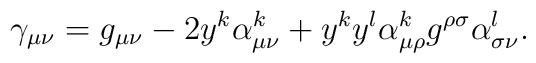
\gamma_{\mu\nu} = g_{\mu\nu} - 2y^k\alpha^k_{\mu\nu} + y^ky^l\alpha^k_{\mu\rho}g^{\rho\sigma}\alpha^l_{\sigma\nu} .